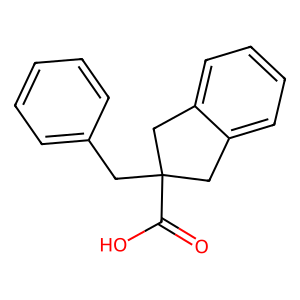
SMILES: O=C(O)C1(Cc2ccccc2)Cc2ccccc2C1
Inhibits HIV replication: No